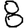
Digit: 8